Emmaste_vallavalitsus, lk 8
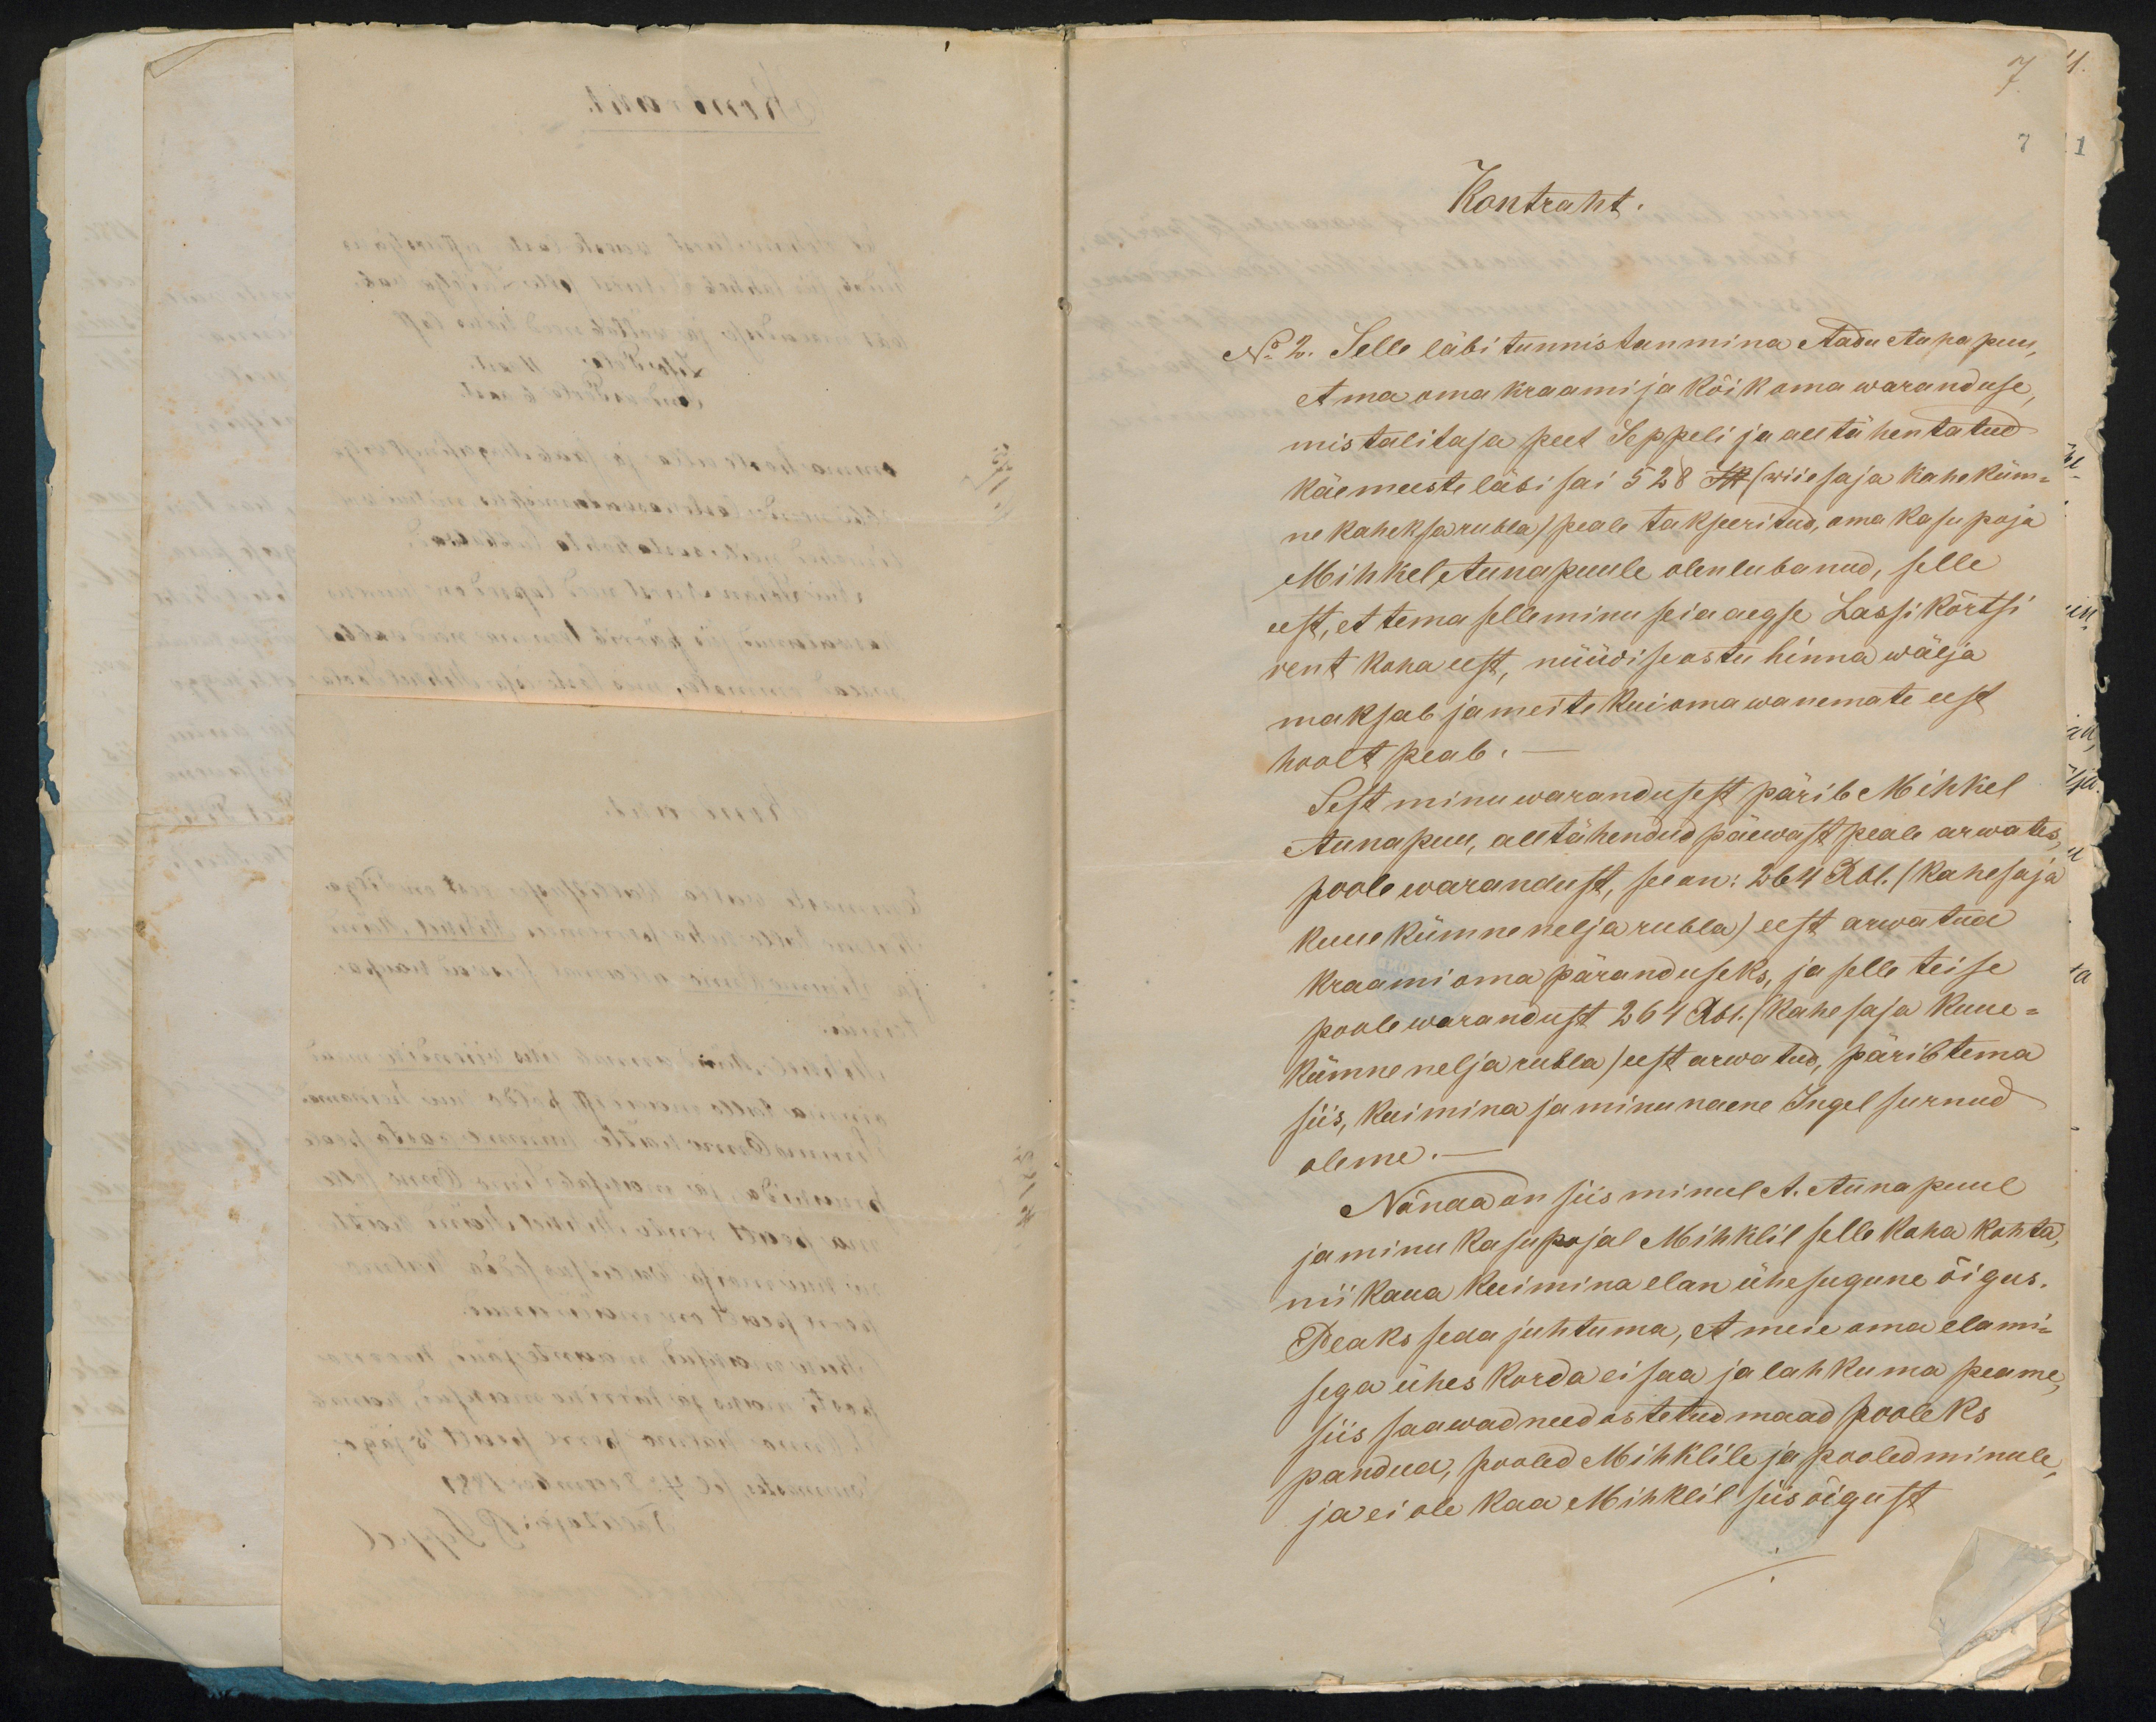
7.

Kontrakt.
Nr 2. Selle läbi tunnistan mina Aadu Aunapuu,
et ma oma kraami ja kõik oma waranduse
mis talitaja peet Seppeli ja alltähentatud
käemeeste läbi sai 528 SR (wiiesaja kaheküm-
ne kaheksa rubla) peale takseeritud, oma kasu poja
Mihkel Aunapuule olen lubanud, selle
eest, et tema selle minu seia aegse Lassi kõrtsi
rent koha eest, nüüdiseastu hinna wälja
maksab ja meite kui oma wanemate eest
hoolt peab.-
Sest minu warandusest pärib Mihkel
Aunapuu, all tähendud päewast peale arwates
poole warandust, see on: 264 Rbl. (kahesaja
kuuekümne nelja rubla) eest arwatud
kraami oma päranduseks, ja selle teise
poole warandust. 264 Rbl. (Kahe saja kuue-
kümne nelja rubla) eest arwatud, pärib tema
siis, kui mina ja minu naene Ingel surnud
oleme.
Nõnda on siis minul A. Aunapuul
ja minu kasupojal Mihklil selle koha kohta,
nii kaua kui mina elan ühesugune õigus.
Peaks seda juhtuma, et meie oma elami-
sega ühes korda ei saa ja lahkuma peame,
Siis saawad need ostetud maad pooleks
pandud, pooled Mihklile ja pooled minule,
ja ei ole kaa Mihklil siis õigust